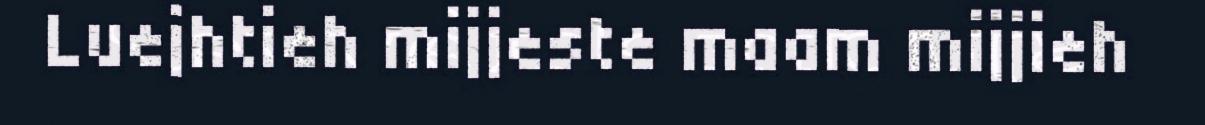
Luejhtieh mijjeste maam mijjieh